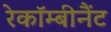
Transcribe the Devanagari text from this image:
रेकॉम्बीनैंट